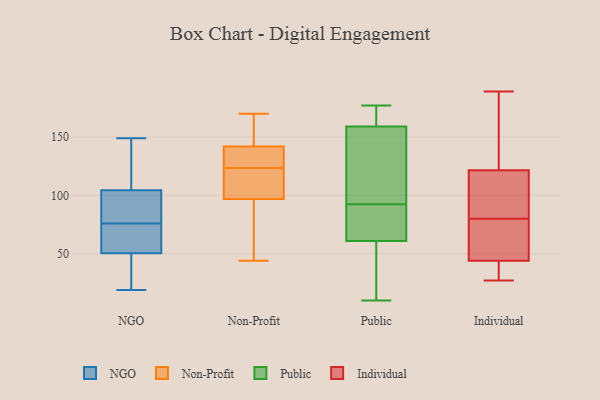
{"axis": {"x": "Headcount", "y": "Value"}, "legend": ["Individual", "NGO", "Non-Profit", "Public"], "data": [{"x": "", "y": 70, "type": "NGO"}, {"x": "", "y": 42, "type": "NGO"}, {"x": "", "y": 19, "type": "NGO"}, {"x": "", "y": 76, "type": "NGO"}, {"x": "", "y": 47, "type": "NGO"}, {"x": "", "y": 68, "type": "NGO"}, {"x": "", "y": 108, "type": "NGO"}, {"x": "", "y": 149, "type": "NGO"}, {"x": "", "y": 88, "type": "NGO"}, {"x": "", "y": 61, "type": "NGO"}, {"x": "", "y": 91, "type": "NGO"}, {"x": "", "y": 143, "type": "NGO"}, {"x": "", "y": 27, "type": "NGO"}, {"x": "", "y": 94, "type": "NGO"}, {"x": "", "y": 137, "type": "NGO"}, {"x": "", "y": 91, "type": "Non-Profit"}, {"x": "", "y": 169, "type": "Non-Profit"}, {"x": "", "y": 117, "type": "Non-Profit"}, {"x": "", "y": 170, "type": "Non-Profit"}, {"x": "", "y": 44, "type": "Non-Profit"}, {"x": "", "y": 97, "type": "Non-Profit"}, {"x": "", "y": 127, "type": "Non-Profit"}, {"x": "", "y": 125, "type": "Non-Profit"}, {"x": "", "y": 102, "type": "Non-Profit"}, {"x": "", "y": 134, "type": "Non-Profit"}, {"x": "", "y": 142, "type": "Non-Profit"}, {"x": "", "y": 170, "type": "Non-Profit"}, {"x": "", "y": 122, "type": "Non-Profit"}, {"x": "", "y": 62, "type": "Non-Profit"}, {"x": "", "y": 101, "type": "Public"}, {"x": "", "y": 159, "type": "Public"}, {"x": "", "y": 177, "type": "Public"}, {"x": "", "y": 176, "type": "Public"}, {"x": "", "y": 10, "type": "Public"}, {"x": "", "y": 61, "type": "Public"}, {"x": "", "y": 73, "type": "Public"}, {"x": "", "y": 84, "type": "Public"}, {"x": "", "y": 59, "type": "Public"}, {"x": "", "y": 147, "type": "Public"}, {"x": "", "y": 80, "type": "Individual"}, {"x": "", "y": 107, "type": "Individual"}, {"x": "", "y": 153, "type": "Individual"}, {"x": "", "y": 108, "type": "Individual"}, {"x": "", "y": 73, "type": "Individual"}, {"x": "", "y": 27, "type": "Individual"}, {"x": "", "y": 123, "type": "Individual"}, {"x": "", "y": 189, "type": "Individual"}, {"x": "", "y": 45, "type": "Individual"}, {"x": "", "y": 41, "type": "Individual"}, {"x": "", "y": 28, "type": "Individual"}, {"x": "", "y": 121, "type": "Individual"}, {"x": "", "y": 51, "type": "Individual"}]}